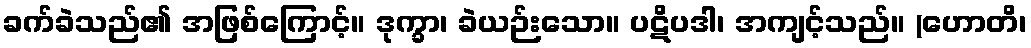
ခက်ခဲသည်၏ အဖြစ်ကြောင့်။ ဒုက္ခာ၊ ခဲယဉ်းသော။ ပဋိပဒါ၊ အကျင့်သည်။ (ဟောတိ၊